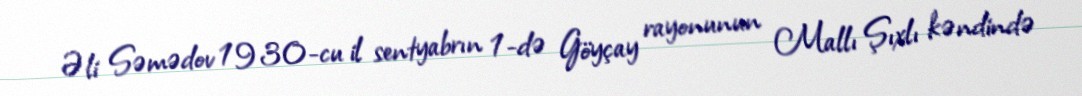
Əli Səmədov 1930-cu il sentyabrın 1-də Göyçay rayonunun Mallı Şıxlı kəndində